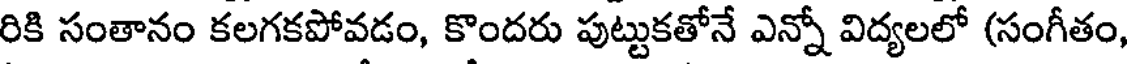
రికి సంతానం కలగకపోవడం, కొందరు పుట్టుకతోనే ఎన్నో విద్యలలో (సంగీతం,